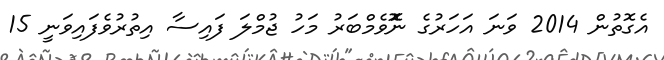
އެގޮތުން 2014 ވަނަ އަހަރުގެ ނޮޮވެމްބަރު މަހު ޖުމްލަ ފައިސާ އިތުރުވެފައިވަނީ 15